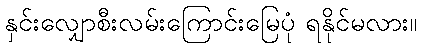
နှင်းလျှောစီးလမ်းကြောင်းမြေပုံ ရနိုင်မလား။